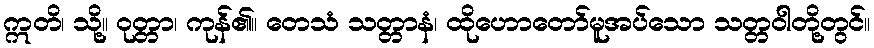
ဣတိ၊ သို့။ ဝုတ္တာ၊ ကုန်၏။ တေသံ သတ္တာနံ၊ ထိုဟောတော်မူအပ်သော သတ္တဝါတို့တွင်။